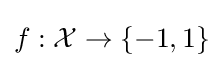
f:{\mathcal {X}}\to \{-1,1\}